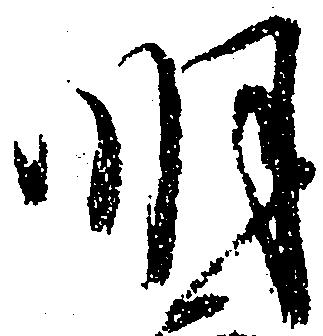
明